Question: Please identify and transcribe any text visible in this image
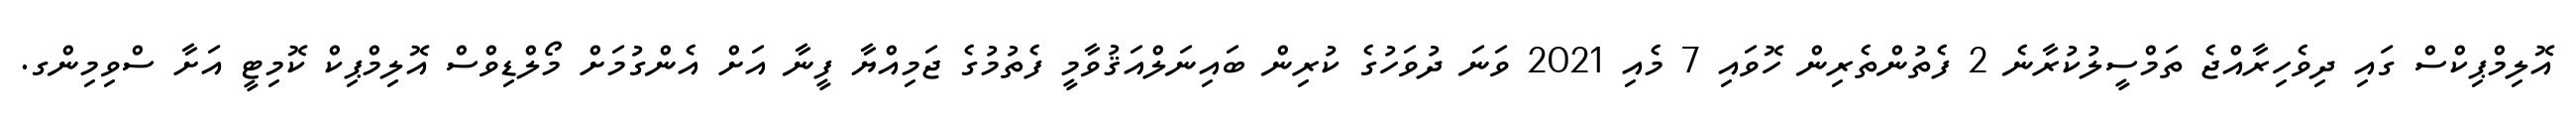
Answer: އޮލިމްޕިކްސް ގައި ދިވެހިރާއްޖެ ތަމްސީލުކުރާނެ 2 ފެތުންތެރިން ހޮވައި 7 މެއި 2021 ވަނަ ދުވަހުގެ ކުރިން ބައިނަލްއަޤުވާމީ ފެތުމުގެ ޖަމިއްޔާ ފީނާ އަށް އެންގުމަށް މޯލްޑިވްސް އޮލިމްޕިކް ކޮމިޓީ އަށާ ސްވިމިންގ.